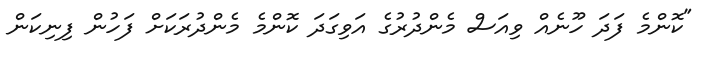
"ކޮންމެ ފަދަ ހޫނެއް ވިއަސް މެންދުރުގެ އަވިގަދަ ކޮންމެ މެންދުރަކަށް ފަހުން ފިނިކަން